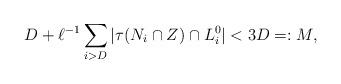
LaTeX: \begin{align*}D + \ell^{-1}\sum_{i>D}|\tau(N_i\cap Z)\cap L_i^0| < 3D =:M,\end{align*}